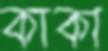
কাকা